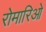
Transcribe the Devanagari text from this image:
रोमारिओ